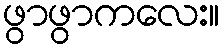
ဖွာဖွာကလေး။